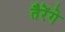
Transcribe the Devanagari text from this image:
तैरेंगे